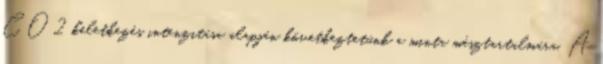
CO2 keletkezés intenzitása alapján következtetünk a minta mésztartalmára. A